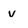
Character: v